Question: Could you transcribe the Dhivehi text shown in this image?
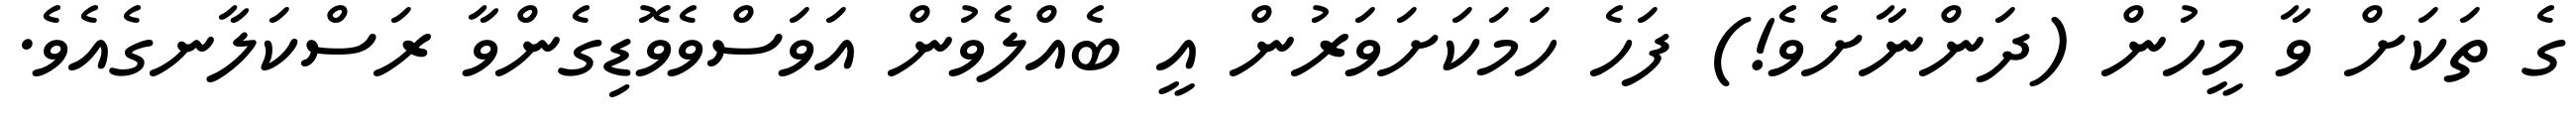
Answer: ގެ ތަކަށް ވާ މީހުން (ދަންނާށެވެ!) ފަހެ ހަމަކަށަވަރުން އީ ބެއްލެވުން އަވަސްވެވޮޑިގެންވާ ރަސްކަލާނގެއެވެ.